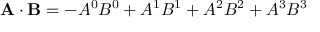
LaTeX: \mathbf { A \cdot B } = - A ^ { 0 } B ^ { 0 } + A ^ { 1 } B ^ { 1 } + A ^ { 2 } B ^ { 2 } + A ^ { 3 } B ^ { 3 }